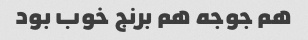
هم جوجه هم برنج خوب بود